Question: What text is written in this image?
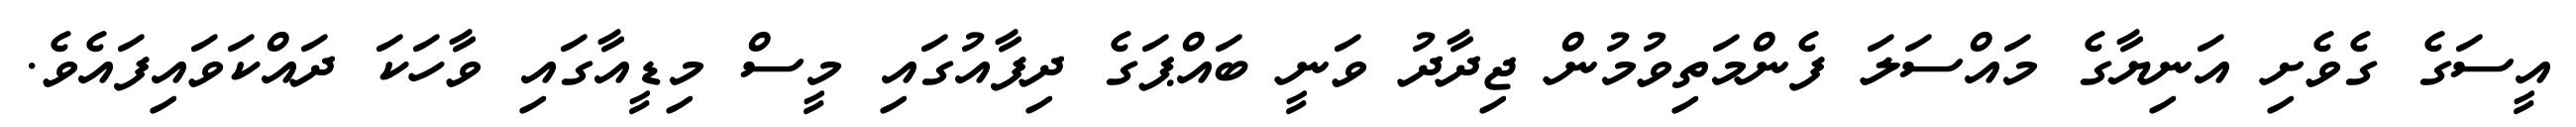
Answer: އީސަގެ ގެވެށި އަނިޔާގެ މައްސަލަ ފެންމަތިވުމުން ޖިދާދު ވަނީ ބައްޕަގެ ދިފާއުގައި މީސް މިޑީއާގައި ވާހަކަ ދައްކަވައިފައެވެ.